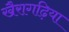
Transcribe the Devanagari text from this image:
खैरागढ़िया